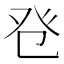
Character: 𤼥